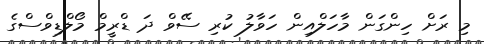
މި ރަށް ހިންގަން މާހަލްއިން ހަވާލު ކުރި ސޭވް ދަ ޑްރީމް މޯލްޑިވްސްގެ